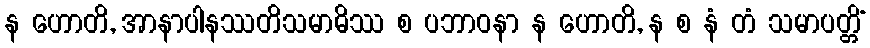
န ဟောတိ, အာနာပါနဿတိသမာဓိဿ စ ပဘာဝနာ န ဟောတိ, န စ နံ တံ သမာပတ္တိံ